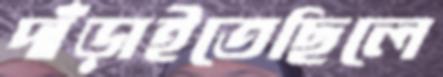
দাঁড়াইতেছিলে